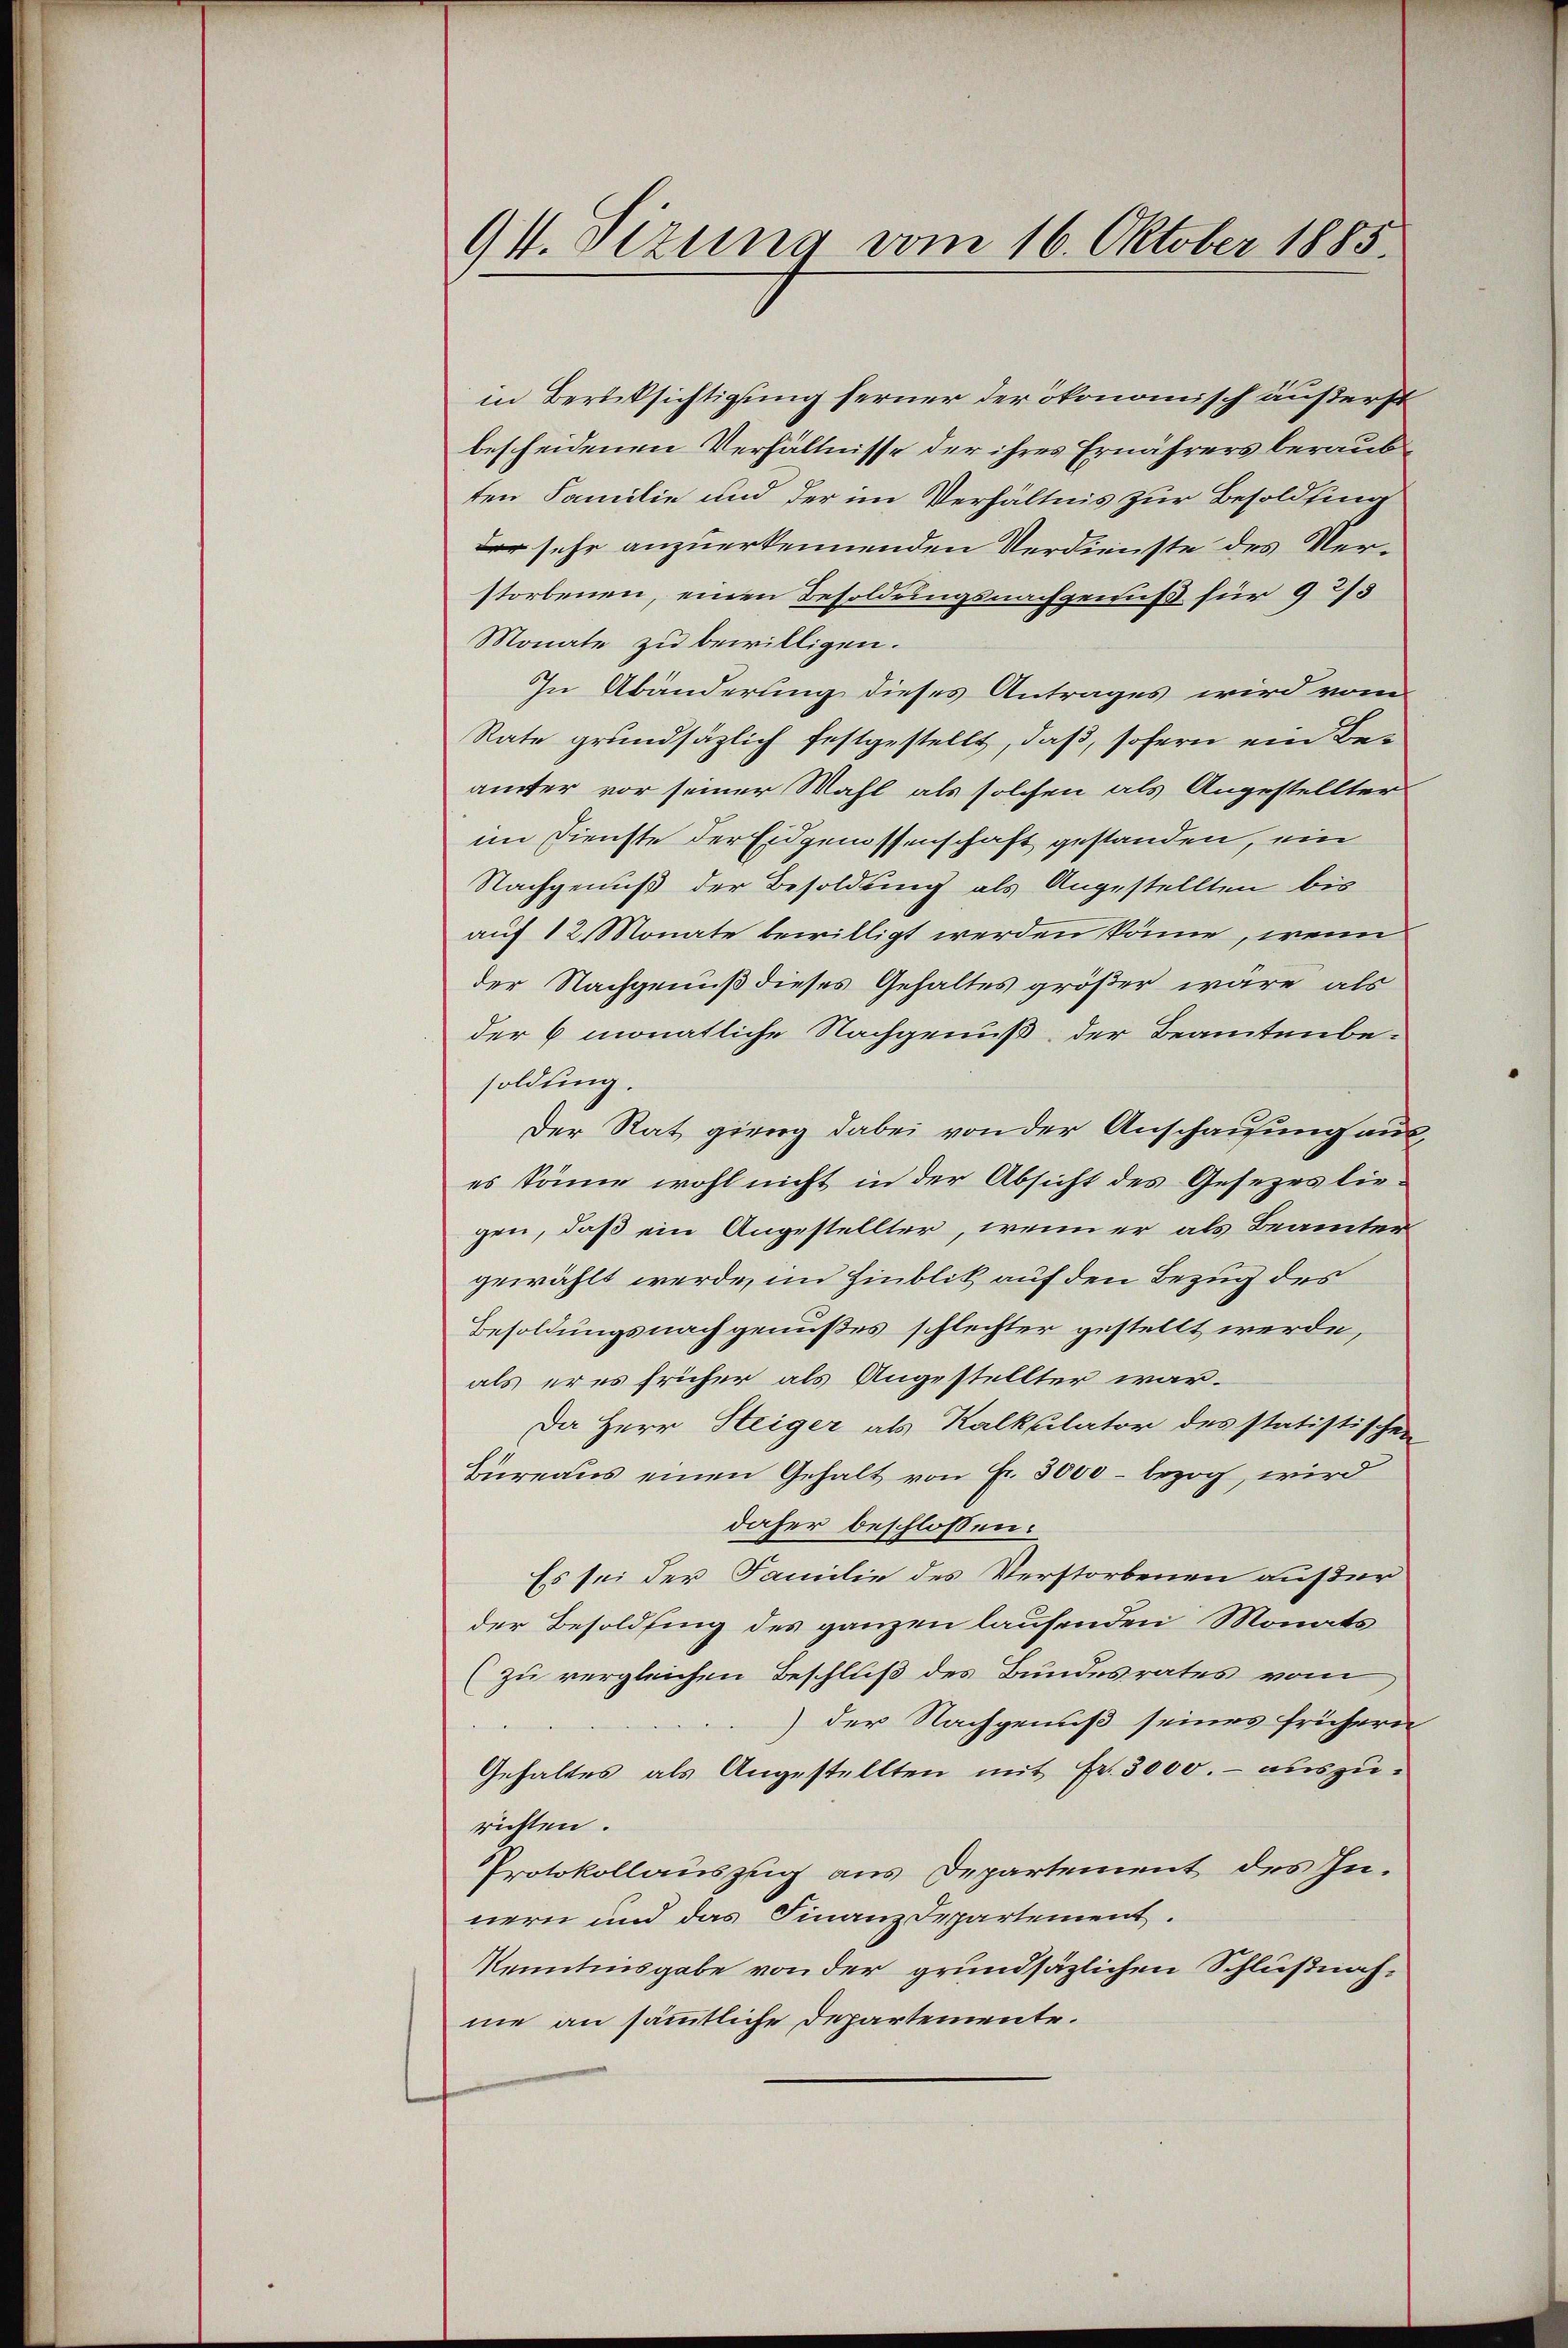
91. Sizung vom 16. Oktober 1885.

in Berücksichtigung ferner der ökonomisch äußerst
bescheidenen Verhältnisse der ihres Ernährers beraubten Familie und der im Verhältnis zur Besoldung
der sehr anzuerkennenden Verdienste des Verstorbenen, einen Besoldungsnachgenuß für 9 2/5
Monate zu bewilligen.
In Abänderung dieses Antrages wird vom
Rate grundsätzlich festgestellt, daß, sofern ein Beämter vor seiner Wahl als solchen als Angestellter
im Dienste der Eidgenossenschaft gestanden, ein
Nachgenuß der Besoldung als Angestellten bis
auf 12 Monate bewilligt werden könne, wenn
der Nachgenuß dieses Gehaltes größer wäre als
der 6 monatliche Nachgenuß der Beamtenbe-
soldung.
Der Rat gieng dabei von der Anschausung auses könne wohl nicht in der Absicht des Gesezes liegen, daß ein Angestellter, wenn er als Beamter
gewählt werde, im Hinblik auf den Bezug des
Besoldungsnachgenußes schlechter gestellt werde,
als er es früher als Angestellter war-
Da Herr Steiger als Kalkulator des statistischen
Büreaus einen Gehalt von Fr. 3000 - bezog, wird
daher beschlossen:
Es sei der Familie des Verstorbenen außer
der Besoldung des ganzen laufenden Monats
(zu vergleichen Beschluß des Bundesrates vom
) der Nachgenuß seines frühern
Gehaltes als Angestellten mit Fr. 3000.- auszurichten.
Protokollauszug aus Departement des Innern und das Finanzdepartement.
Kenntnisgabe von der grundsätzlichen Schlußnahme an sämmtliche Departemente.